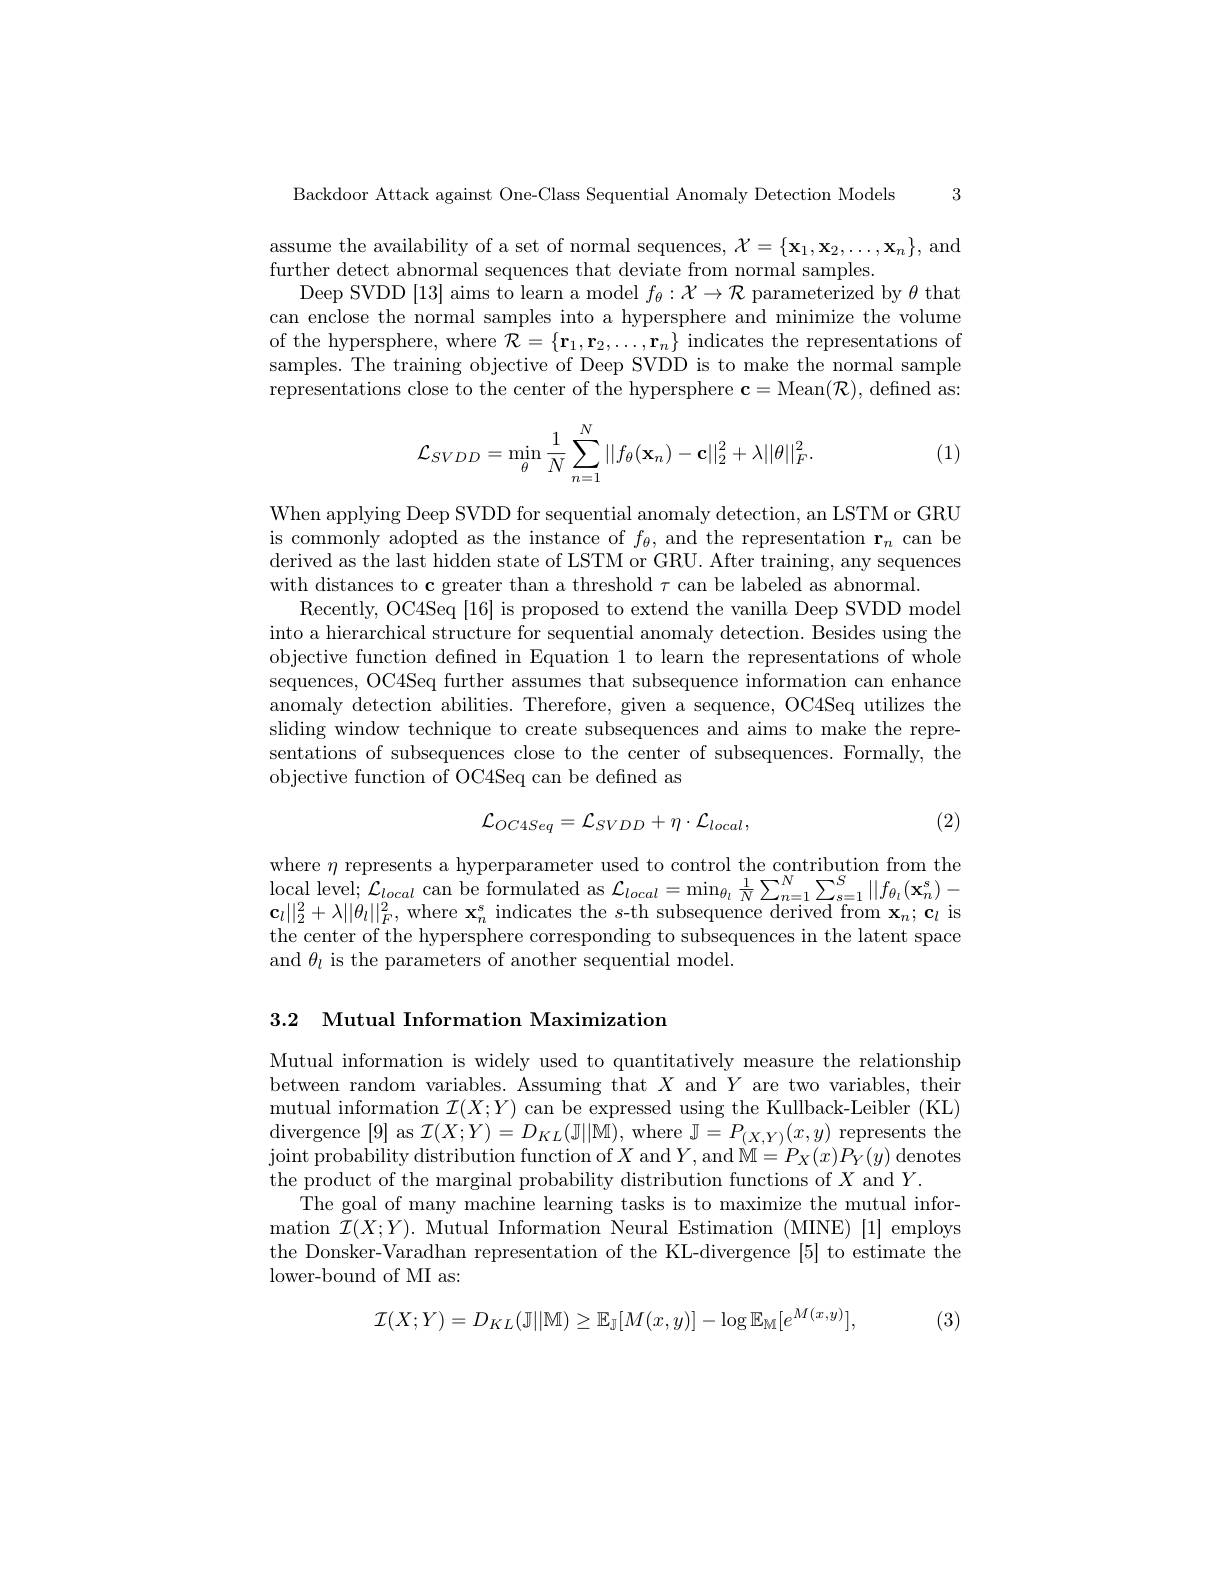
Backdoor Attack against One-Class Sequential Anomaly Detection Models 3

assume the availability of a set of normal sequences, $\mathcal{X}=\{\mathbf{x}_1,\mathbf{x}_2,\ldots,\mathbf{x}_n\}$, and
further detect abnormal sequences that deviate from normal samples.
Deep SVDD [13] aims to learn a model $f_\theta:\mathcal{X}\to\mathcal{R}$ parameterized by $\theta$ that can enclose the normal samples into a hypersphere and minimize the volume of the hypersphere, where $\mathcal{R}=\{\mathbf{r}_1,\mathbf{r}_2,\ldots,\mathbf{r}_n\}$ indicates the representations of samples. The training objective of Deep SVDD is to make the normal sample representations close to the center of the hypersphere $\mathbf{c}=$Mean$(\mathcal{R})$, defined as:
$$\mathcal{L}_{SVDD}=\min\limits_{\theta}\frac{1}{N}\sum\limits_{n=1}^{N}||f_{\theta}(\mathbf{x}_{n})-\mathbf{c}||_{2}^{2}+\lambda||\theta||_{F}^{2}.$$
(1)

When applying Deep SVDD for sequential anomaly detection, an LSTM or GRU is commonly adopted as the instance of $f_\theta$, and the representation $\mathbf{r}_n$ can be derived as the last hidden state of LSTM or GRU. After training, any sequences with distances to c greater than a threshold $\tau$ can be labeled as abnormal.
Recently, OC4Seq [16] is proposed to extend the vanilla Deep SVDD model into a hierarchical structure for sequential anomaly detection. Besides using the objective function defined in Equation 1 to learn the representations of whole sequences, OC4Seq further assumes that subsequence information can enhance anomaly detection abilities. Therefore, given a sequence, OC4Seq utilizes the sliding window technique to create subsequences and aims to make the representations of subsequences close to the center of subsequences. Formally, the objective function of OC4Seq can be defined as
$$\mathcal{L}_{OC4Seq}=\mathcal{L}_{SVDD}+\eta\cdot\mathcal{L}_{local},$$
(2)

where $\eta$ represents a hyperparameter used to control the contribution from the $\operatorname*{local~level;~}\mathcal{L}_{local}$ can be formulated as $\mathcal{L}_local=\operatorname*{min}_{\theta_l}\frac1N\sum_{n=1}^{N}\sum_{s=1}^{S}\|f_{\theta_l}(\mathbf{x}_{n}^{s})-$ $\mathbf{c}_{l}||_{2}^{2}+\lambda||\theta_{l}||_{F}^{2}$, where $\mathbf{x}_n^{s}$ indicates the $s$-th subsequence derived from $\mathbf{x}_n;\mathbf{c}_l$ is the center of the hypersphere corresponding to subsequences in the latent space and $\theta_l$ is the parameters of another sequential model.

3.2 Mutual Information Maximization

Mutual information is widely used to quantitatively measure the relationship between random variables. Assuming that $X$ and $Y$ are two variables, their mutual information $\mathcal{I}(X;Y)$ can be expressed using the Kullback-Leibler (KL) divergence [9] as $\mathcal{I}(X;Y)=D_KL(\mathbb{J}||\mathbb{M})$, where $\mathbb{J}=P_(X,Y)(x,y)$ represents the ${\mathrm{joint~probability~distribution~function~of~X~and~}Y,\mathrm{and~}}{\mathrm{M}}=P_{X}(x)P_{Y}(y)$ denotes the product of the marginal probability distribution functions of $X$ and $Y.$
The goal of many machine learning tasks is to maximize the mutual information $\mathcal{I}(X;Y).$ Mutual Information Neural Estimation (MINE)[1]employs the Donsker-Varadhan representation of the KL-divergence [5] to estimate the ${\mathrm{lower-bound~of~MI~as:}}$

(3)
$$\mathcal{I}(X;Y)=D_{KL}(\mathbb{J}||\mathbb{M})\geq\mathbb{E}_{\mathbb{J}}[M(x,y)]-\log\mathbb{E}_{M}[e^{M(x,y)}],$$